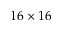
1 6 \times 1 6